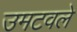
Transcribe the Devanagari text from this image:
उमटवले